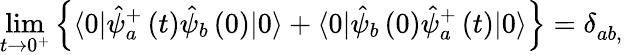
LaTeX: \operatorname*{lim}_{t\rightarrow 0^{+}}\left\{ \langle 0|\hat{\psi}_{a}^{+}\left(t\right)\hat{\psi}_{b}\left(0\right)|0\rangle+\langle 0|\hat{\psi}_{b}\left(0\right)\hat{\psi}_{a}^{+}\left(t\right)|0\rangle\right\} =\delta_{ab,}^{}